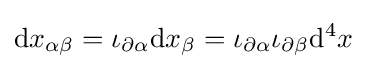
\mathrm {d} x_{\alpha \beta }=\iota _{\partial {\alpha }}\mathrm {d} x_{\beta }=\iota _{\partial {\alpha }}\iota _{\partial {\beta }}\mathrm {d} ^{4}x